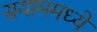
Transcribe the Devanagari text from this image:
सयाममध्ये